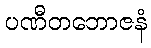
ပဏီတဘောဇနံ